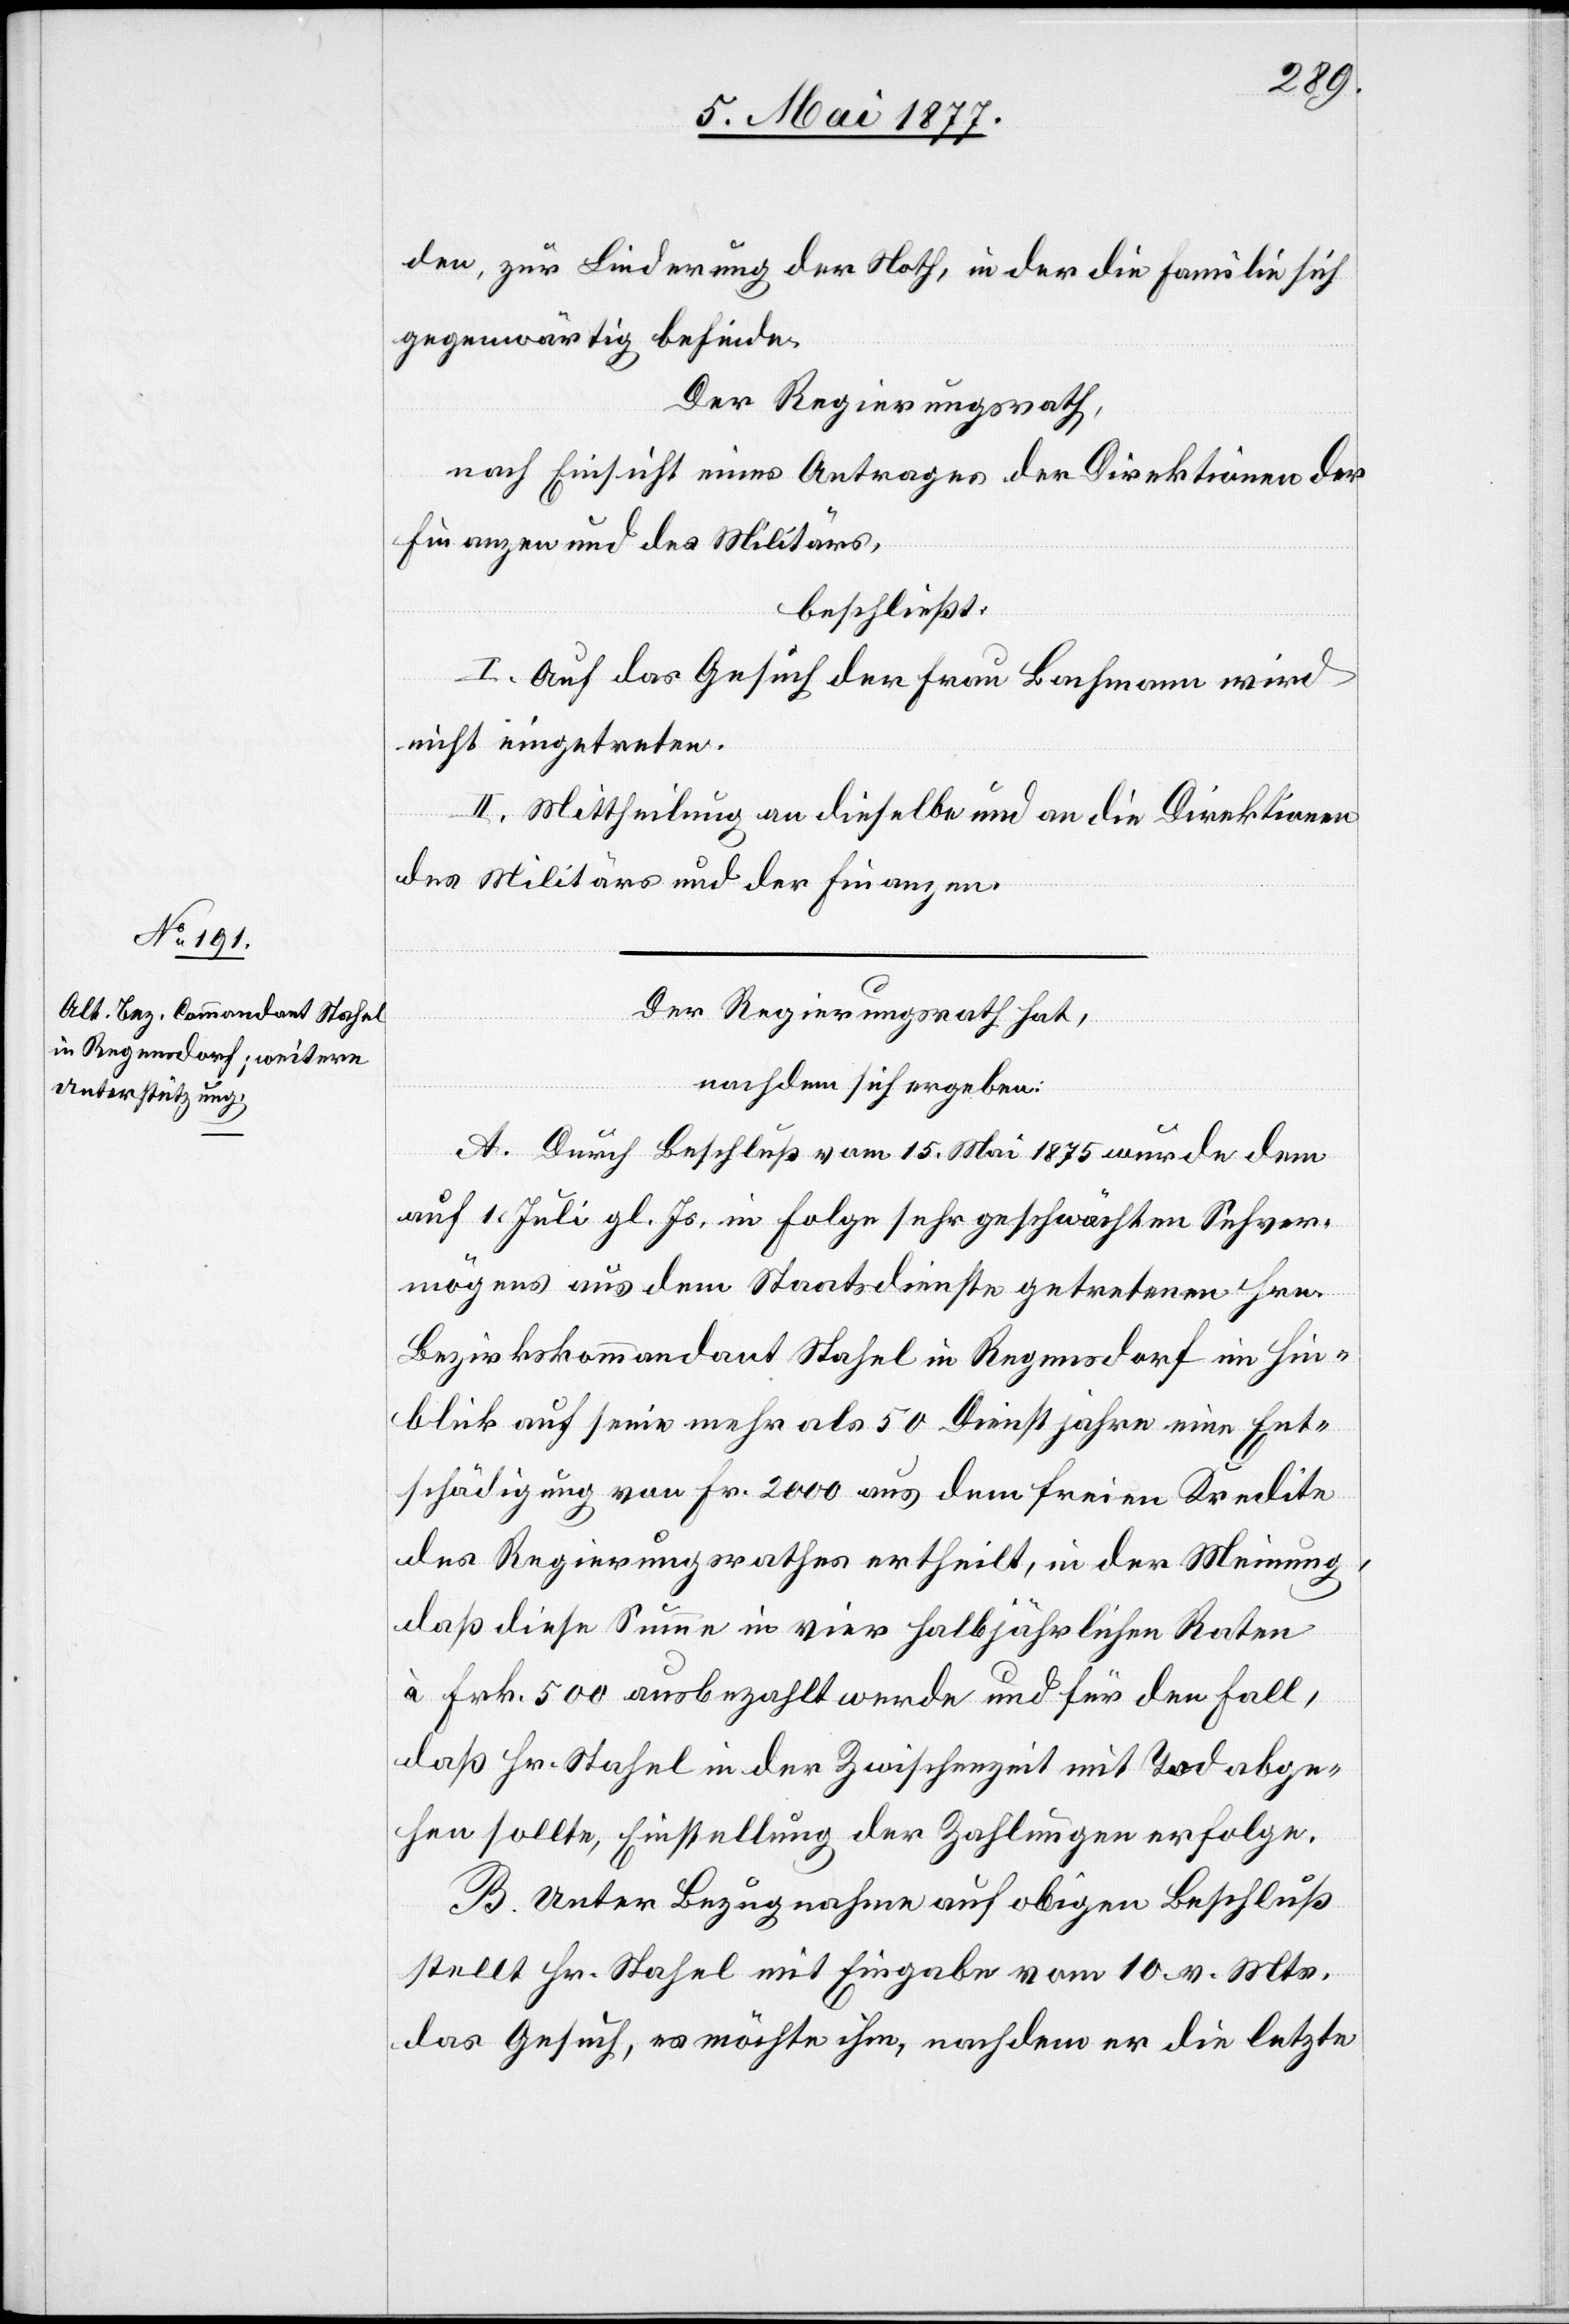
den, zur Linderung der Noth, in der die Familie sich
gegenwärtig befinde.
Der Regierungsrath,
nach Einsicht eines Antrages der Direktionen der
Finanzen und des Militärs,
beschließt:
I. Auf das Gesuch der Frau Bachmann wird
nicht eingetreten.
II. Mittheilung an dieselbe und an die Direktionen
des Militärs und der Finanzen.
Der Regierungsrath hat,
nachdem sich ergeben:
A. Durch Beschluß vom 15. Mai 1875 wurde dem
auf 1. Juli gl. Js. in Folge sehr geschwächten Sehver¬
mögens aus dem Staatsdienste getretenen Hrn.
Bezirkskommandant Stahel in Regensdorf im Hin¬
blick auf seine mehr als 50 Dienstjahre eine Ent¬
schädigung von Fr. 2000 aus dem freien Kredite
des Regierungsrathes ertheilt, in der Meinung,
daß diese Summe in vier halbjährlichen Raten
à Frk. 500 ausbezahlt werde und für den Fall,
daß Hr. Stahel in der Zwischenzeit mit Tod abge¬
hen sollte, Einstellung der Zahlungen erfolge.
B. Unter Bezugnahme auf obigen Beschluß
stellt Hr. Stahel mit Eingabe vom 10. v. Mts.
das Gesuch, es möchte ihm, nachdem er die letzte